Lunatic asylums Central Provinces reports 1895-1909 - 1895-1909
Year: 1895
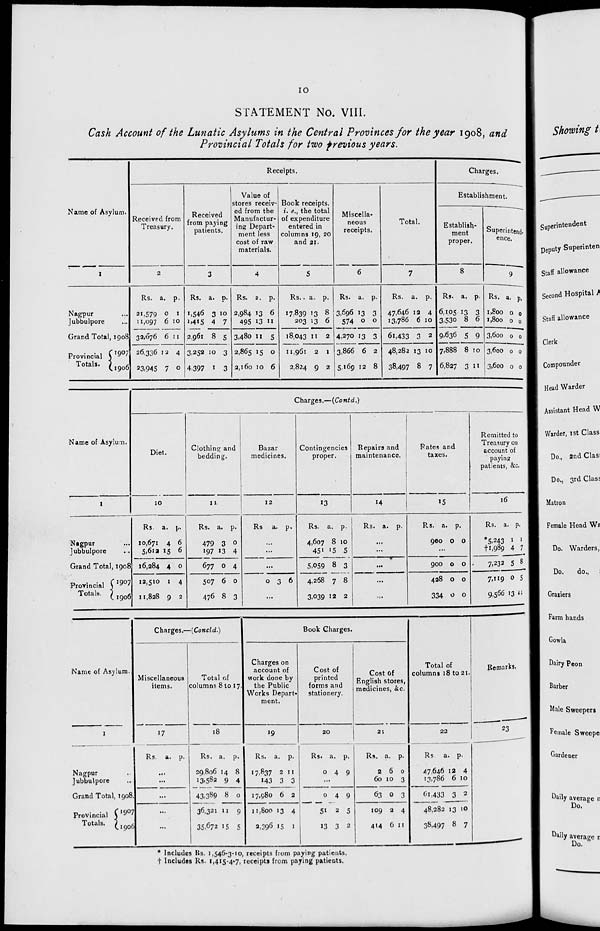
10
STATEMENT No. VIII.
Cash Account of the Lunatic Asylums in the Central Provinces for the year 1908, and
Provincial Totals for two previous years.
Name of Asylum.
1
Nagpur ...
Jubbulpore ...
Grand Total, 1908
Provincial
Totals.
1907
1906
Receipts.
Received from
Treasury.
2
Rs.
21,579
11,097
32,676
26,336
23,945
a.
0
6
6
12
7
p.
1
10
11
4
0
Received
from paying
patients.
3
Rs.
1,546
1,415
2,961
3,252
4,397
a.
3
4
8
10
1
p.
10
7
5
3
3
Value of
stores receiv-
ed from the
Manufactur-
ing Depart-
ment less
cost of raw
materials.
4
Rs.
2,984
495
3,430
2,865
2,160
a.
13
13
11
15
10
p.
6
11
5
0
6
Book receipts,
i. e., the total
of expenditure
entered in
columns 19, 20
and 21.
5
Rs.
17,839
203
18,043
11,961
2,824
a.
13
13
11
2
9
p.
8
6
2
1
2
Miscella-
neous
receipts.
6
Rs.
3,696
574
4,270
3,866
5,169
a.
13
0
13
6
12
p.
3
0
3
2
8
Total.
7
Rs.
47,646
13,786
61,433
48,282
38,497
a.
12
6
3
13
8
p.
4
10
2
10
7
Charges.
Establishment.
Establish-
ment
proper.
8
Rs.
6,105
3,530
9,636
7,888
6,827
a.
13
8
5
8
3
p.
3
6
9
10
11
Superintend-
ence.
9
Rs.
1,800
1,800
3,600
3,600
3,600
a.
0
0
0
0
0
p.
0
0
0
0
0
Name of Asylum.
1
Nagpur ...
Jubbulpore ...
Grand Total, 1908
Provincial
Totals.
1907
1906
Charges.—(Contd.)
Diet.
10
Rs.
10,671
5,612
16,284
12,510
11,828
a.
4
15
4
1
9
p.
6
6
0
4
2
Clothing and
bedding.
11
Rs.
479
197
677
507
476
a.
3
13
0
6
8
p.
0
4
4
0
3
Bazar
medicines.
12
Rs a.
p.
...
...
...
0
3 6
...
Contingencies
proper.
13
Rs.
4,607
451
5,059
4,268
3,039
a.
8
15
8
7
12
p.
10
5
3
8
2
Repairs and
maintenance.
14
Rs. a. p.
...
...
...
...
...
Rates and
taxes.
15
Rs.
900
a.
0
p.
0
...
900
428
334
0
0
0
0
0
0
Remitted to
Treasury on
account of
paying
patients, &c.
16
Rs.
*5,243
†1,989
7,232
7,119
9,566
a.
1
4
5
0
13
p.
1
7
8
5
11
Name of Asylum.
1
Nagpur ...
Jubbulpore ...
Grand Total, 1908.
Provincial
Totals.
1907
1906
Charges.—(Concld.)
Miscellaneous
items.
17
Rs. a. p.
...
...
...
...
...
Total of
columns 8 to 17.
18
Rs.
29,806
13,582
43,389
36,321
35,672
a.
14
9
8
11
15
p.
8
4
0
9
5
Book Charges.
Charges on
account of
work done by
the Public
Works Depart-
ment.
19
Rs.
17,837
143
17,980
11,800
2,396
a.
2
3
6
13
15
p.
11
3
2
4
1
Cost of
printed
forms and
stationery.
20
Rs.
0
a.
4
p.
9
...
0
51
13
4
2
3
9
5
2
Cost of
English stores,
medicines, &c.
21
Rs.
2
60
63
109
414
a.
6
10
0
2
6
p.
0
3
3
4
11
Total of
columns 18 to 21.
22
Rs
47,646
13,786
61,433
48,282
38,497
a.
12
6
3
13
8
p.
4
10
2
10
7
Remarks.
23
* Includes Rs. 1,546-3-10, receipts from paying patients.
† Includes Rs. 1,415-4-7, receipts from paying patients.